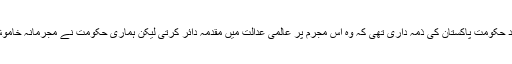
اس اقبالی بیان کے بعد حکومت پاکستان کی ذمہ داری تھی کہ وہ اس مجرم پر عالمی عدالت میں مقدمہ دائر کرتی لیکن ہماری حکومت نے مجرمانہ خاموش اختیار کیے رکھی۔